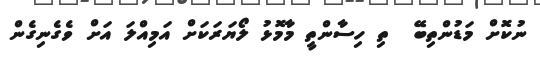
ނުކޮށް މަޑުންތިބޭ  ތި ހިސާންތީ މާމޮޅު ލޯޔަރަކަށް އަމިއްލަ އަށް ވެގެނިގެން